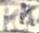
KK